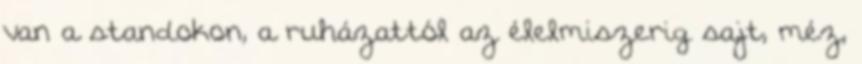
van a standokon, a ruházattól az élelmiszerig sajt, méz,